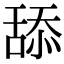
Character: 舔